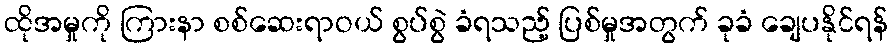
ထိုအမှုကို ကြားနာ စစ်ဆေးရာဝယ် စွပ်စွဲ ခံရသည့် ပြစ်မှုအတွက် ခုခံ ချေပနိုင်ရန်